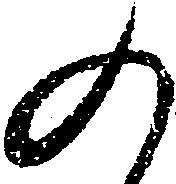
の